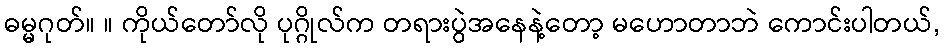
ဓမ္မဂုတ်။ ။ ကိုယ်တော်လို ပုဂ္ဂိုလ်က တရားပွဲအနေနဲ့တော့ မဟောတာဘဲ ကောင်းပါတယ်,